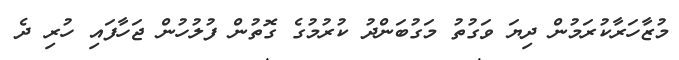
މުޒާހަރާކުރަމުން ދިޔަ ވަގުތު މަގުބަންދު ކުރުމުގެ ގޮތުން ފުލުހުން ޖަހާފައި ހުރި ދެ